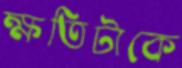
ক্ষতিটাকে